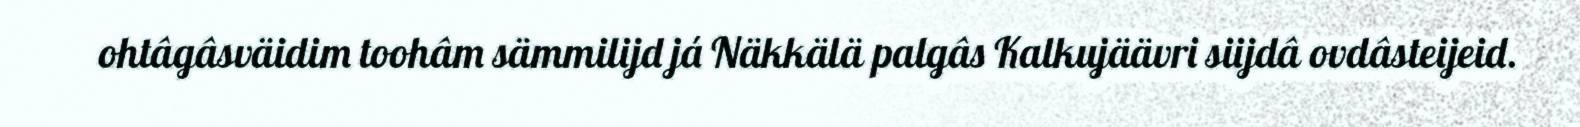
ohtâgâsväidim toohâm sämmilijd já Näkkälä palgâs Kalkujäävri siijdâ ovdâsteijeid.